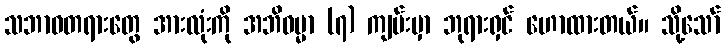
သဘာဝတရားတွေ အားလုံးကို အဘိဓမ္မာ (၇) ကျမ်းမှာ ဘုရားရှင် ဟောထားတယ်။ သို့သော်